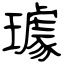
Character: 璩